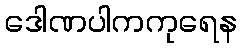
ဒေါဏပါကကုရေန